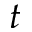
t